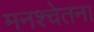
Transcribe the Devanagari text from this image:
मनश्चेतना